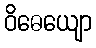
ဝိဓေယျော